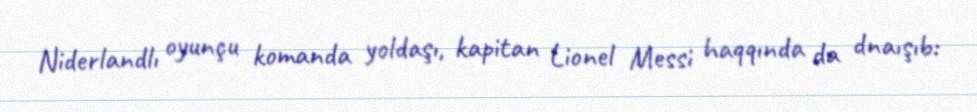
Niderlandlı oyunçu komanda yoldaşı, kapitan Lionel Messi haqqında da dnaışıb: